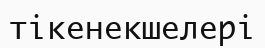
тікенекшелері